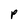
Character: P